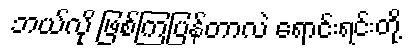
ဘယ်လို ဖြစ်ကြပြန်တာလဲ ရောင်းရင်းတို့